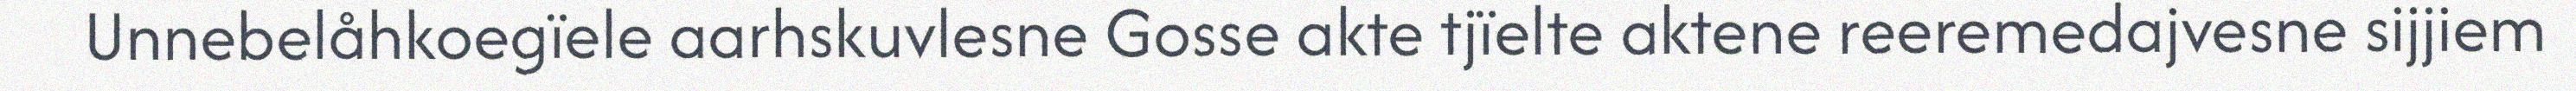
Unnebelåhkoegïele aarhskuvlesne Gosse akte tjïelte aktene reeremedajvesne sijjiem